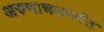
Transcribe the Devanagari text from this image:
अरुणाचलपर्यंत